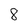
Character: 8